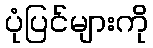
ပုံပြင်များကို